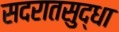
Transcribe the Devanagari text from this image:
सदरातसुद्धा